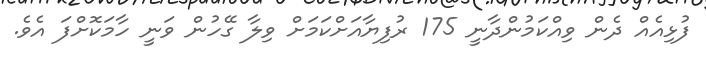
ފުޅިއެއް ދެން ވިއްކަމުންދާނީ 175 ރުފިޔާއަށްކަމަށް ވިލާ ގޭހުން ވަނީ ހާމަކޮށްފަ އެވެ.